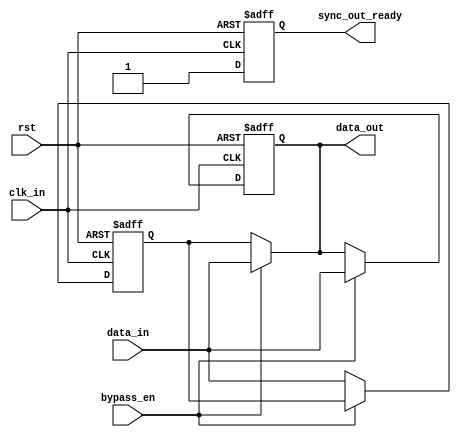
module two_way_bypass_reg (
    input wire clk_in,
    input wire rst,
    input wire bypass_en,
    input wire [DATA_WIDTH-1:0] data_in,
    output reg [DATA_WIDTH-1:0] data_out,
    output wire sync_out_ready
);

parameter DATA_WIDTH = 8; //Specify data width

reg [DATA_WIDTH-1:0] reg_data;
reg sync_in_ready;

always @(posedge clk_in or posedge rst) begin
    if (rst) begin
        reg_data <= 0;
        data_out <= 0;
        sync_in_ready <= 0;
    end else begin
        if (bypass_en) begin
            data_out <= data_in;
            sync_in_ready <= 1;
        end else begin
            reg_data <= data_in;
            sync_in_ready <= 1;
        end
    end
end

assign data_out = bypass_en ? data_in : reg_data;
assign sync_out_ready = sync_in_ready;

endmodule